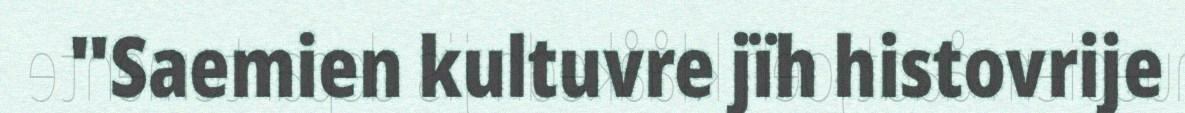
"Saemien kultuvre jïh histovrije